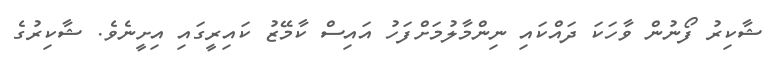
ޝާކިރު ފޯނުން ވާހަކަ ދައްކައި ނިންމާލުމަށްފަހު އައިސް ކާމޭޒު ކައިރީގައި އިށީނެވެ. ޝާކިރުގެ